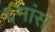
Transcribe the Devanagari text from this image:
६मांस